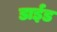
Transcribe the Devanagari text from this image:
डाईड